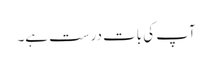
آپ کی بات درست ہے۔